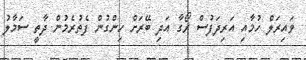
ވައިރަލް ހުމާއި އަރިދަފުސް ރޯގާ އަދި ބޭރަށް ހިންގުން ފެތުރެމުން ދާތީ ސަމާލު